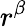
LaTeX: r^{\beta}